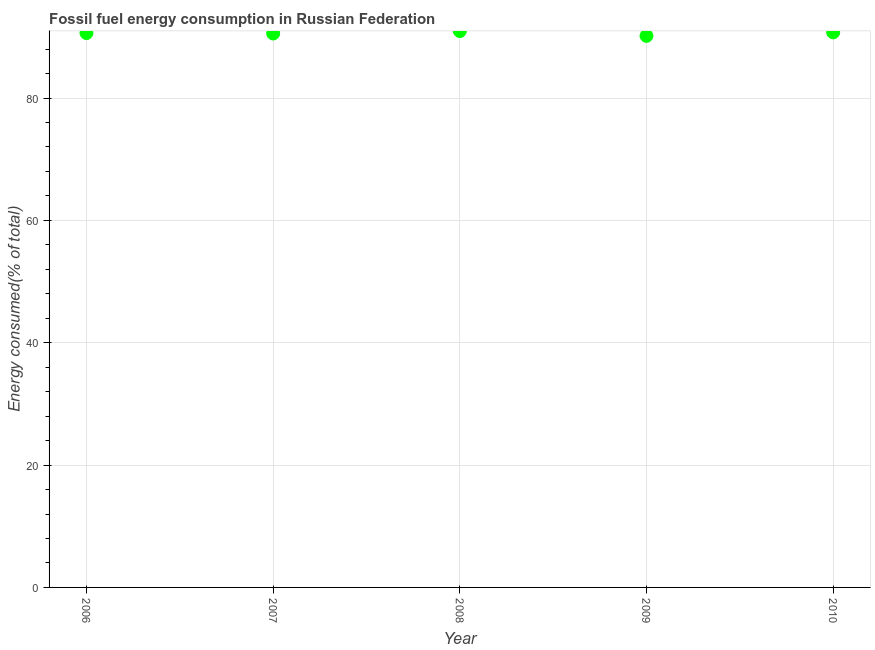
| Year | Fossil fuel energy consumption (% of total) |
 | --- | --- |
 | 2006 | 90.6 |
 | 2007 | 90.5 |
 | 2008 | 90.9 |
 | 2009 | 90.2 |
 | 2010 | 90.7 |